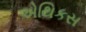
એથિકસ